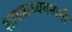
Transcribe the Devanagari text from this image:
शास्त्राध्ययनाची